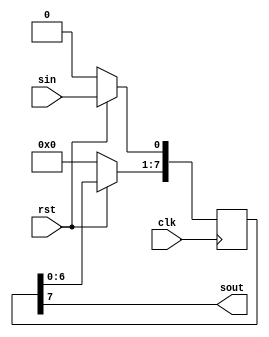
`timescale 1ns / 1ps


module shift_reg(
    input clk,
    input rst,
    input sin,
    output sout
    );
    
    reg[7:0] q;
    assign sout = q[7];
    
    always@(posedge clk) begin
        if(!rst) q = 8'b0;
        else begin
            q[0] <= sin;
            q[7:1] <= q[6:0];
        end
   end 
endmodule